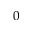
0